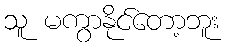
သူ မကွာနိုင်တော့ဘူး